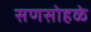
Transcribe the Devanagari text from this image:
सणसोहळे